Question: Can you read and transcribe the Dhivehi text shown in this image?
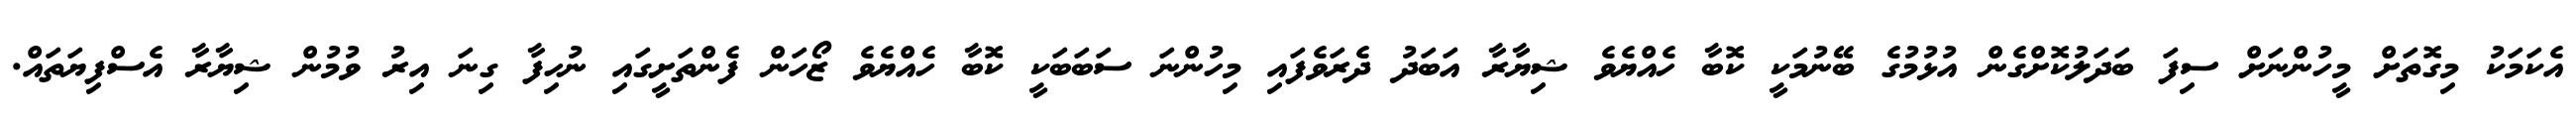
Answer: އެކަމަކު މިގޮތަށް މީހުންނަށް ސިފަ ބަދަލުކޮށްގެން އުޅުމުގެ ބޭނުމަކީ ކޮބާ ހެއްޔެވެ ޝިޔާރާ އަބަދު ދެރަވެފައި މިހުންނަ ސަބަބަކީ ކޮބާ ހެއްޔެވެ ޒޯހަން ފެންތަށީގައި ނުހިފާ ގިނަ އިރު ވުމުން ޝިޔާރާ އެސްފިޔަތައް.